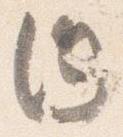
内